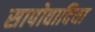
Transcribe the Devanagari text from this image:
सापोवादिया